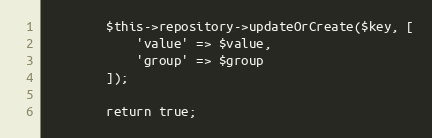
Language: PHP
        $this->repository->updateOrCreate($key, [
            'value' => $value,
            'group' => $group
        ]);

        return true;